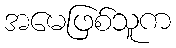
အမေဖြစ်သူက